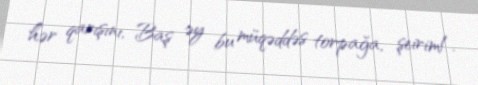
hər qarışını, Baş əy bu müqəddəs torpağa, şeirim!.